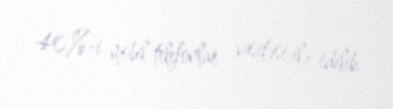
40%-i mobil telefonlar vasitəsi ilə edilib.